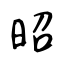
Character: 昭